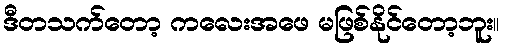
ဒီတသက်တော့ ကလေးအဖေ မဖြစ်နိုင်တော့ဘူး။